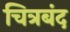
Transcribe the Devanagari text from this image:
चित्रबंद